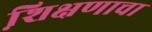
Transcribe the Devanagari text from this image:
शि़क्षणाचा